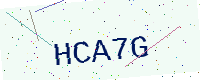
Text: HCA7G